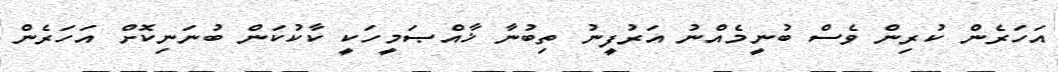
އަހަރެން ކުރިން ވެސް ބުނީމެއްނު އަރުފީނު ތިބުނާ ޚާއްޞަމީހަކީ ކާކުކަން ބުނަނިކޮށް އަހަރެން